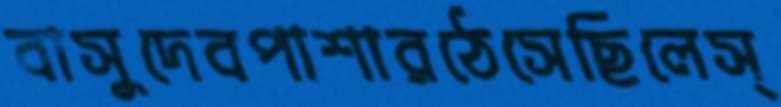
বাসুদেবপাশারঠেসেছিলেস্